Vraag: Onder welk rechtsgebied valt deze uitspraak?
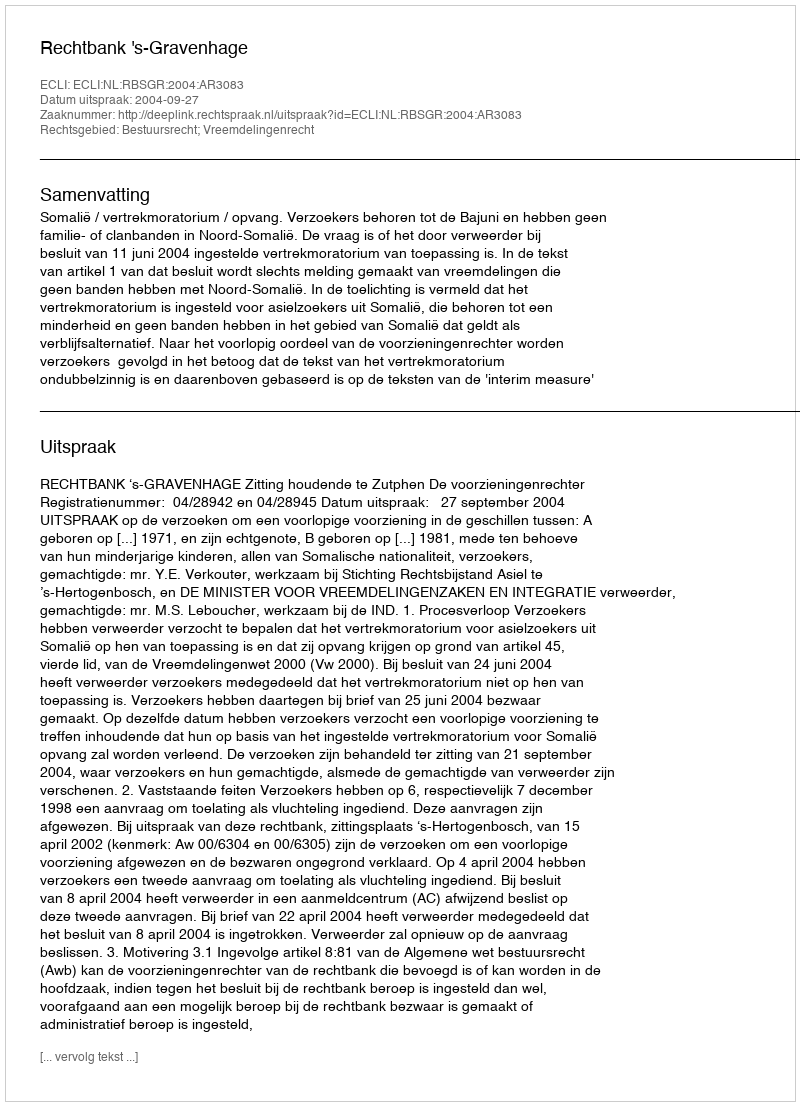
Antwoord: Bestuursrecht; Vreemdelingenrecht